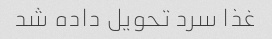
غذا سرد تحویل داده شد